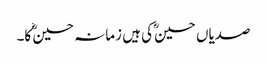
صدیاں حسینؓ کی ہیں زمانہ حسینؓ کا۔